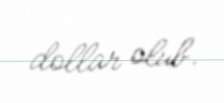
dollar olub.